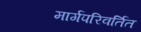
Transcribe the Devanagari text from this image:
मार्गपरिवर्तित